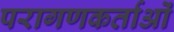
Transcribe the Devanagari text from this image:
परागणकर्ताओं